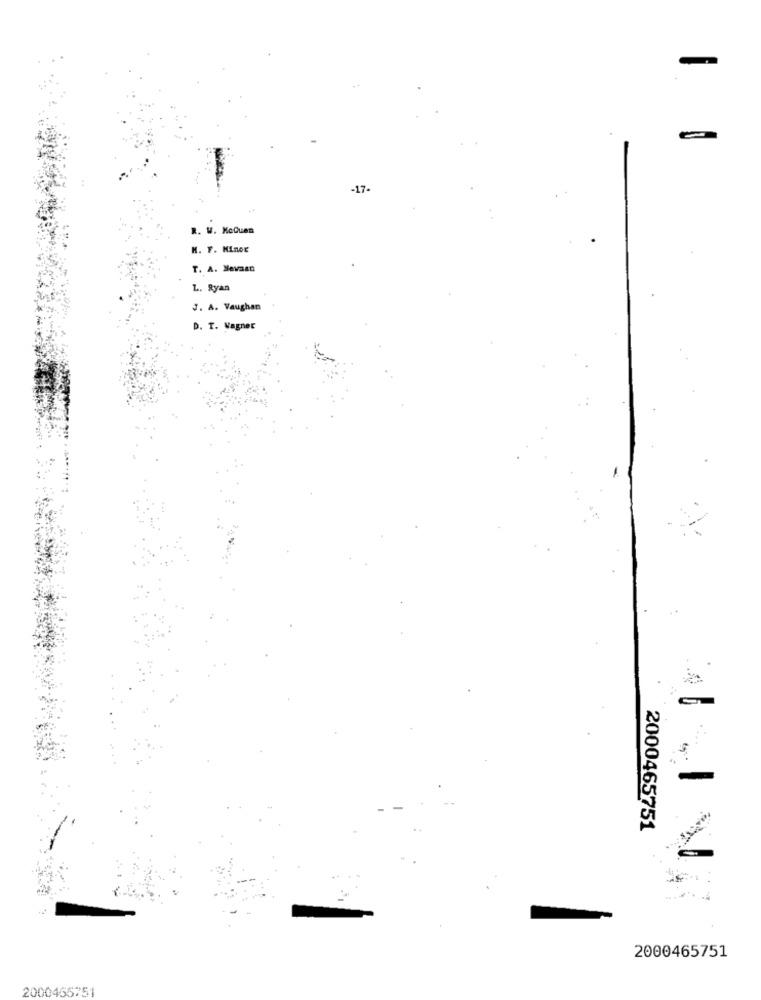
-17-
R. W. NoCuen
M. F. Minor
T. A. Nevaan
L. Ryan
J. A. Vaughan
D. T. Wagner
....
2000465751
2000465751
2000455751